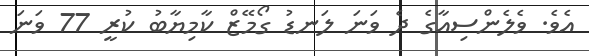
އެވެ. ވެލެންސިއާގެ ދެ ވަަނަ ލަނޑު ގޯމޭޒް ކާމިޔާބު ކުރީ 77 ވަނަ